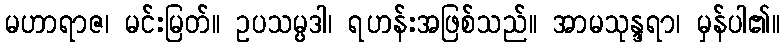
မဟာရာဇ၊ မင်းမြတ်။ ဥပသမ္ပဒါ၊ ရဟန်းအဖြစ်သည်။ အာမသုန္ဒရာ၊ မှန်ပါ၏။